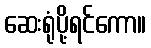
ဆေးရုံပို့ရင်ကော။